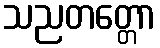
သညတတ္တော